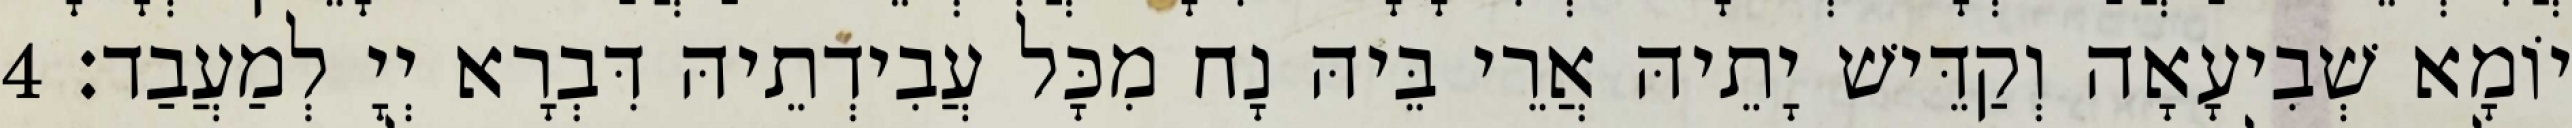
יוֹמָא שְׁבִיעָאָה וְקַדֵּישׁ יָתֵיהּ אֲרֵי בֵּיהּ נָח מִכָּל עֲבִידְתֵיהּ דִּבְרָא יְיָ לְמַעֲבַד׃ 4